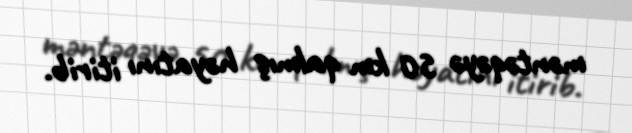
məntəqəyə 50 km qalmış həyatını itirib.